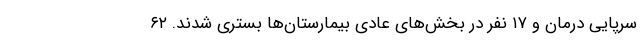
سرپایی درمان و ۱۷ نفر در بخش‌های عادی بیمارستان‌ها بستری شدند. ۶۲